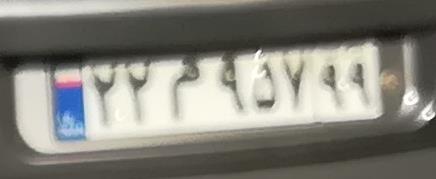
۲۲م۹۷۵۹۹